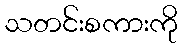
သတင်းစကားကို